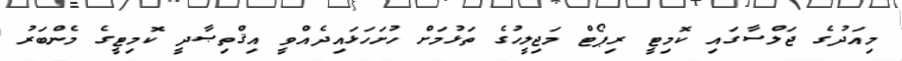
މިއަދުގެ ޖަލްސާގައި ކޮމިޓީ ރިޕޯޓް މަޖިލީހުގެ ތަޅުމަށް ހުށަހަޅައިދެއްވީ އިޤްތިޞާދީ ކޮމިޓީގެ މެންބަރު